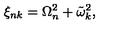
\xi _ { n k } = \Omega _ { n } ^ { 2 } + \tilde { \omega } _ { k } ^ { 2 } ,